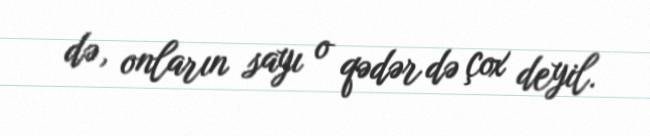
də, onların sayı o qədər də çox deyil.